Vaccination report Assam 1874-1896 - 1874-1896
Year: 1874
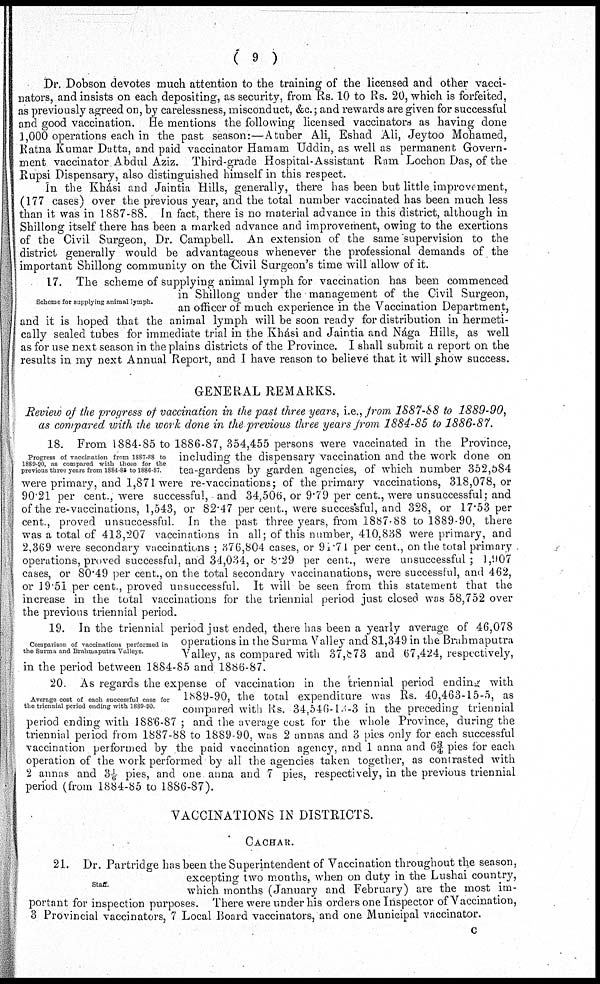
( 9 )
Dr. Dobson devotes much attention to the training of the licensed and other vacci-
nators, and insists on each depositing, as security, from Rs. 10 to Rs. 20, which is forfeited,
as previously agreed on, by carelessness, misconduct, &c.; and rewards are given for successful
and good vaccination. He mentions the following licensed vaccinators as having done
1,000 operations each in the past season:—A tuber Ali, Eshad Ali, Jeytoo Mohamed,
Ratna Kumar Datta, and paid vaccinator Hamam Uddin, as well as permanent Govern-
ment vaccinator Abdul Aziz. Third-grade Hospital-Assistant Ram Lochon Das, of the
Rupsi Dispensary, also distinguished himself in this respect.
In the Khási and Jaintia Hills, generally, there has been but little improvement,
(177 cases) over the previous year, and the total number vaccinated has been much less
than it was in 1887-88. In fact, there is no material advance in this district, although in
Shillong itself there has been a marked advance and improvement, owing to the exertions
of the Civil Surgeon, Dr. Campbell. An extension of the same supervision to the
district generally would be advantageous whenever the professional demands of the
important Shillong community on the Civil Surgeon's time will allow of it.
Scheme for supplying animal lymph.
17. The scheme of supplying animal lymph for vaccination has been commenced
in Shillong under the management of the Civil Surgeon,
an officer of much experience in the Vaccination Department,
and it is hoped that the animal lymph will be soon ready for distribution in hermeti-
cally sealed tubes for immediate trial in the Khási and Jaintia and Nága Hills, as well
as for use next season in the plains districts of the Province. I shall submit a report on the
results in my next Annual Report, and I have reason to believe that it will show success.
GENERAL REMARKS.
Review of the progress of vaccination in the past three years, i.e., from 1887-88 to 1889-90,
as compared with the work done in the previous three years from 1884-85 to 1886-87.
Progress of vaccination from 1887-88 to
1889-90, as compared with those for the
previous three years from 1884-85 to 1886-87
18. From 1884-85 to 1886-87, 354,455 persons were vaccinated in the Province,
including the dispensary vaccination and the work done on
tea-gardens by garden agencies, of which number 352,584
were primary, and 1,871 were re-vaccinations; of the primary vaccinations, 318,078, or
90.21 per cent., were successful, and 34,506, or 9.79 per cent., were unsuccessful; and
of the re-vaccinations, 1,543, or 82.47 per cent., were successful, and 328, or 17.53 per
cent., proved unsuccessful. In the past three years, from 1887-88 to 1889-90, there
was a total of 413,207 vaccinations in all; of this number, 410,838 were primary, and
2,369 were secondary vaccinations ; 376,804 cases, or 91.71 per cent., on the total primary
operations, proved successful, and 34,034, or 8.29 per cent., were unsuccessful; 1,907
cases, or 80.49 per cent., on the total secondary vaccinanations, were successful, and 462,
or 19.51 per cent., proved unsuccessful. It will be seen from this statement that the
increase in the total vaccinations for the triennial period just closed was 58,752 over
the previous triennial period.
Comparison of vaccinations performed in
the Surma and Brahmaputra Valleys
19. In the triennial period just ended, there has been a yearly average of 46,078
operations in the Surma Valley and 81,349 in the Brahmaputra
Valley, as compared with 37,873 and 67,424, respectively,
in the period between 1884-85 and 1886-87.
Average cost of each successful case for
the triennial period ending with 1889-90
20 As regards the expense of vaccination in the triennial period ending with
1889-90, the total expenditure was Rs. 40,463-15-5, as
compared with Rs. 34,546-13-3 in the preceding triennial
period ending with 1886-87 ; and the average cost for the whole Province, during the
triennial period from 1887-88 to 1889-90, was 2 annas and 3 pies only for each successful
vaccination performed by the paid vaccination agency, and 1 anna and 6¾ pies for each
operation of the work performed by all the agencies taken together, as contrasted with
2 annas and 31/6 pies, and one anna and 7 pies, respectively, in the previous triennial
period (from 1884-85 to 1886-87).
VACCINATIONS IN DISTRICTS.
CACHAR.
Staff.
21. Dr. Partridge has been the Superintendent of Vaccination throughout the season,
excepting two months, when on duty in the Lushai country,
which months (January and February) are the most im-
portant for inspection purposes. There were under his orders one Inspector of Vaccination,
3 Provincial vaccinators, 7 Local Board vaccinators, and one Municipal vaccinator.
c